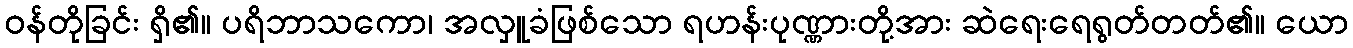
ဝန်တိုခြင်း ရှိ၏။ ပရိဘာသကော၊ အလှူခံဖြစ်သော ရဟန်းပုဏ္ဏားတို့အား ဆဲရေးရေရွတ်တတ်၏။ ယော